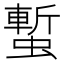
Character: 𧐮